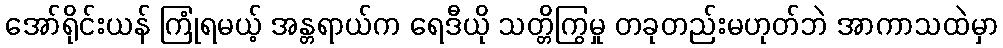
အော်ရိုင်းယန် ကြုံရမယ့် အန္တရာယ်က ရေဒီယို သတ္တိကြွမှု တခုတည်းမဟုတ်ဘဲ အာကာသထဲမှာ